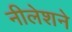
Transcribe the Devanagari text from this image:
नीलेशने